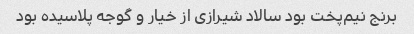
برنج نیم‌پخت بود سالاد شیرازی از خیار و گوجه پلاسیده بود